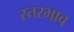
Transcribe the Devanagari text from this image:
स्तरभाव